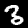
Digit: 3